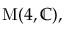
{ \mathrm { M } } ( 4 , \mathbb { C } ) ,